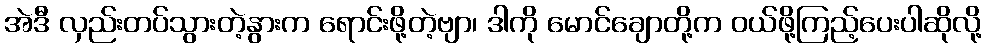
အဲဒီ လှည်းတပ်သွားတဲ့နွားက ရောင်းဖို့တဲ့ဗျာ၊ ဒါကို မောင်ချောတို့က ဝယ်ဖို့ကြည့်ပေးပါဆိုလို့